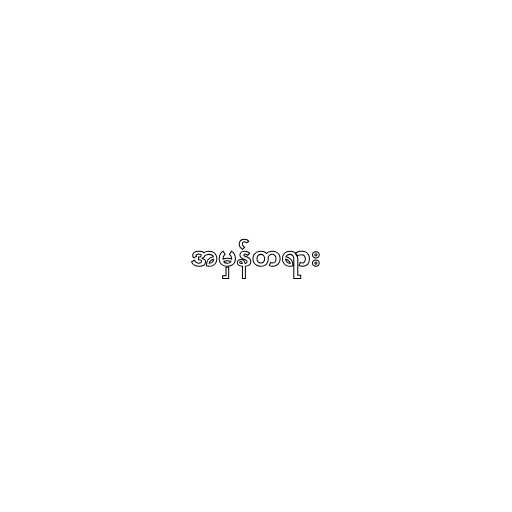
အမှန်တရား